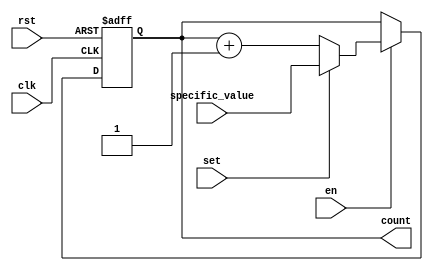
module binary_counter (
    input wire clk,
    input wire rst,
    input wire en,
    input wire set,
    input wire [3:0] specific_value,
    output reg [3:0] count
);

reg [3:0] next_count;

always @(posedge clk or posedge rst)
begin
    if (rst)
        count <= 4'b0000;
    else if (en)
        count <= next_count;
end

always @(*)
begin
    if (set)
        next_count = specific_value;
    else
        next_count = count + 1;
end

endmodule